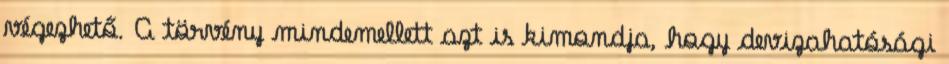
végezhető. A törvény mindemellett azt is kimondja, hogy devizahatósági